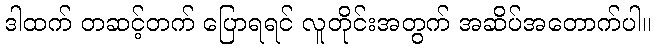
ဒါထက် တဆင့်တက် ပြောရရင် လူတိုင်းအတွက် အဆိပ်အတောက်ပါ။